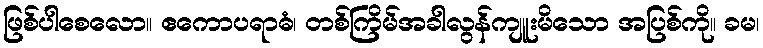
ဖြစ်ပါစေလော။ ဧကောပရာဓံ၊ တစ်ကြိမ်အခါလွန်ကျူးမိသော အပြစ်ကို။ ခမ၊